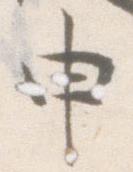
申